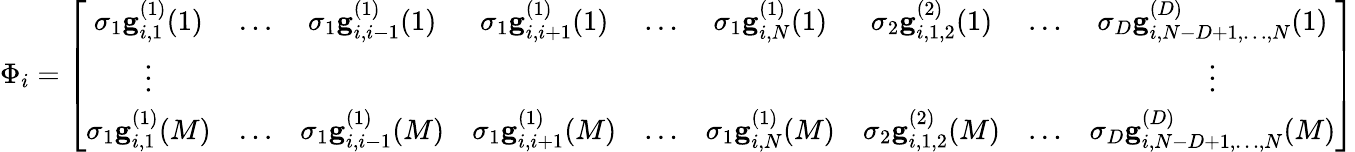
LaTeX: \Phi_{i}=\left[\begin{array}{ccccccccc}{\sigma_{1}\mathbf{g}_{i,1}^{(1)}(1)}&{\ldots}&{\sigma_{1}\mathbf{g}_{i,i-1}^{(1)}(1)}&{\sigma_{1}\mathbf{g}_{i,i+1}^{(1)}(1)}&{\ldots}&{\sigma_{1}\mathbf{g}_{i,N}^{(1)}(1)}&{\sigma_{2}\mathbf{g}_{i,1,2}^{(2)}(1)}&{\ldots}&{\sigma_{D}\mathbf{g}_{i,N-D+1,\ldots,N}^{(D)}(1)}\\ {\vdots}&&&&&&&&{\vdots}\\ {\sigma_{1}\mathbf{g}_{i,1}^{(1)}(M)}&{\ldots}&{\sigma_{1}\mathbf{g}_{i,i-1}^{(1)}(M)}&{\sigma_{1}\mathbf{g}_{i,i+1}^{(1)}(M)}&{\ldots}&{\sigma_{1}\mathbf{g}_{i,N}^{(1)}(M)}&{\sigma_{2}\mathbf{g}_{i,1,2}^{(2)}(M)}&{\ldots}&{\sigma_{D}\mathbf{g}_{i,N-D+1,\ldots,N}^{(D)}(M)}\end{array}\right]